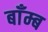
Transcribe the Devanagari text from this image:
बाँम्ब